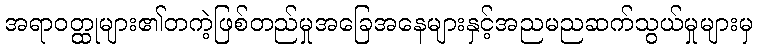
အရာဝတ္ထုများ၏တကဲ့ဖြစ်တည်မှုအခြေအနေများနှင့်အညမညဆက်သွယ်မှုများမှ